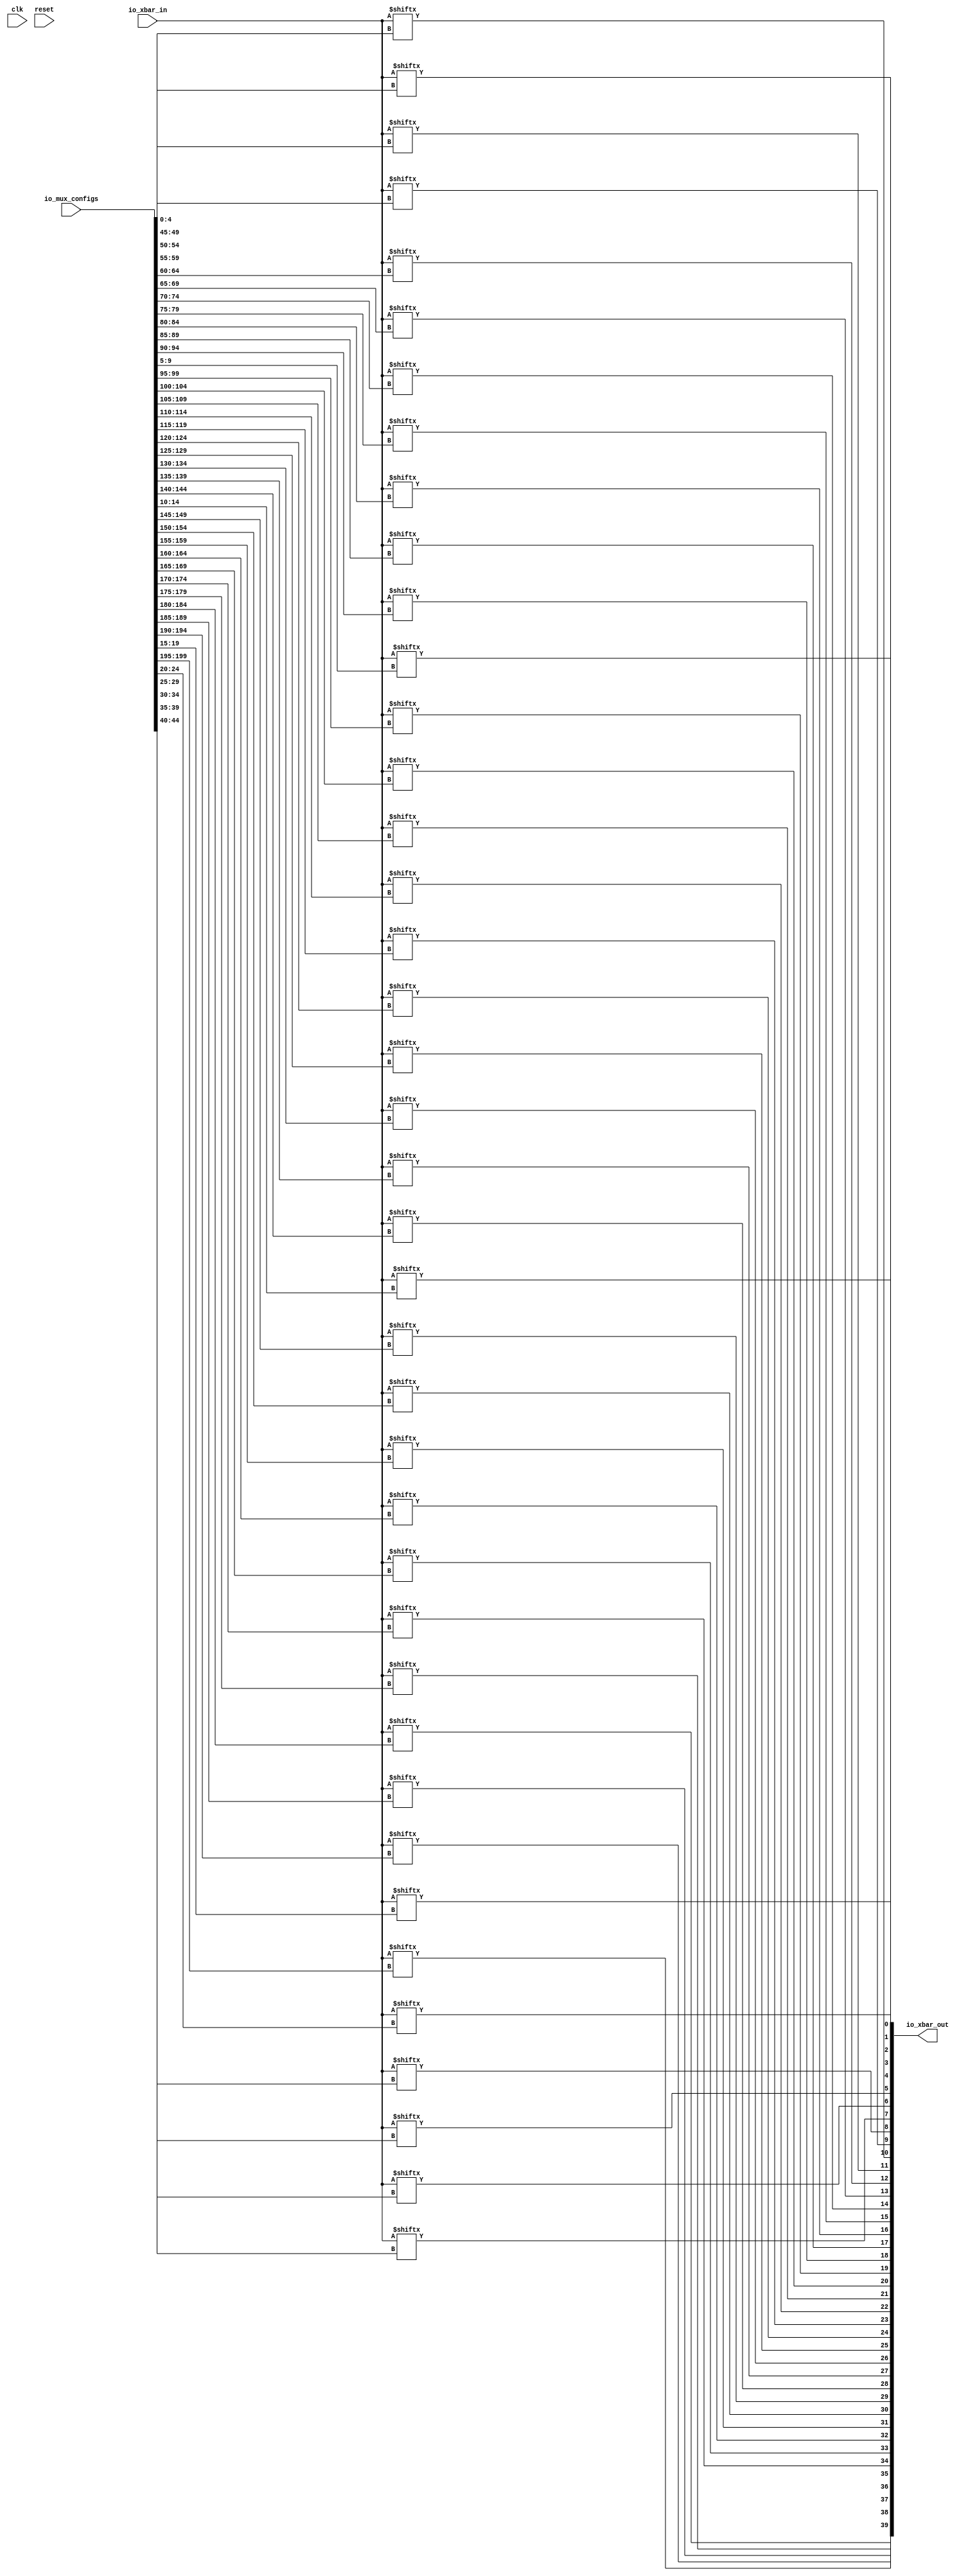
module xbar(input clk, input reset,
    input [30:0] io_xbar_in,
    output [39:0] io_xbar_out,
    input [199:0] io_mux_configs);

    assign io_xbar_out[0] = io_xbar_in[io_mux_configs[4:0]];
    assign io_xbar_out[1] = io_xbar_in[io_mux_configs[9:5]];
    assign io_xbar_out[2] = io_xbar_in[io_mux_configs[14:10]];
    assign io_xbar_out[3] = io_xbar_in[io_mux_configs[19:15]];
    assign io_xbar_out[4] = io_xbar_in[io_mux_configs[24:20]];
    assign io_xbar_out[5] = io_xbar_in[io_mux_configs[29:25]];
    assign io_xbar_out[6] = io_xbar_in[io_mux_configs[34:30]];
    assign io_xbar_out[7] = io_xbar_in[io_mux_configs[39:35]];
    assign io_xbar_out[8] = io_xbar_in[io_mux_configs[44:40]];
    assign io_xbar_out[9] = io_xbar_in[io_mux_configs[49:45]];
    assign io_xbar_out[10] = io_xbar_in[io_mux_configs[54:50]];
    assign io_xbar_out[11] = io_xbar_in[io_mux_configs[59:55]];
    assign io_xbar_out[12] = io_xbar_in[io_mux_configs[64:60]];
    assign io_xbar_out[13] = io_xbar_in[io_mux_configs[69:65]];
    assign io_xbar_out[14] = io_xbar_in[io_mux_configs[74:70]];
    assign io_xbar_out[15] = io_xbar_in[io_mux_configs[79:75]];
    assign io_xbar_out[16] = io_xbar_in[io_mux_configs[84:80]];
    assign io_xbar_out[17] = io_xbar_in[io_mux_configs[89:85]];
    assign io_xbar_out[18] = io_xbar_in[io_mux_configs[94:90]];
    assign io_xbar_out[19] = io_xbar_in[io_mux_configs[99:95]];
    assign io_xbar_out[20] = io_xbar_in[io_mux_configs[104:100]];
    assign io_xbar_out[21] = io_xbar_in[io_mux_configs[109:105]];
    assign io_xbar_out[22] = io_xbar_in[io_mux_configs[114:110]];
    assign io_xbar_out[23] = io_xbar_in[io_mux_configs[119:115]];
    assign io_xbar_out[24] = io_xbar_in[io_mux_configs[124:120]];
    assign io_xbar_out[25] = io_xbar_in[io_mux_configs[129:125]];
    assign io_xbar_out[26] = io_xbar_in[io_mux_configs[134:130]];
    assign io_xbar_out[27] = io_xbar_in[io_mux_configs[139:135]];
    assign io_xbar_out[28] = io_xbar_in[io_mux_configs[144:140]];
    assign io_xbar_out[29] = io_xbar_in[io_mux_configs[149:145]];
    assign io_xbar_out[30] = io_xbar_in[io_mux_configs[154:150]];
    assign io_xbar_out[31] = io_xbar_in[io_mux_configs[159:155]];
    assign io_xbar_out[32] = io_xbar_in[io_mux_configs[164:160]];
    assign io_xbar_out[33] = io_xbar_in[io_mux_configs[169:165]];
    assign io_xbar_out[34] = io_xbar_in[io_mux_configs[174:170]];
    assign io_xbar_out[35] = io_xbar_in[io_mux_configs[179:175]];
    assign io_xbar_out[36] = io_xbar_in[io_mux_configs[184:180]];
    assign io_xbar_out[37] = io_xbar_in[io_mux_configs[189:185]];
    assign io_xbar_out[38] = io_xbar_in[io_mux_configs[194:190]];
    assign io_xbar_out[39] = io_xbar_in[io_mux_configs[199:195]];

endmodule